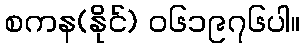
စကန(နိုင်) ၀၆၁၉၇၆ပါ။